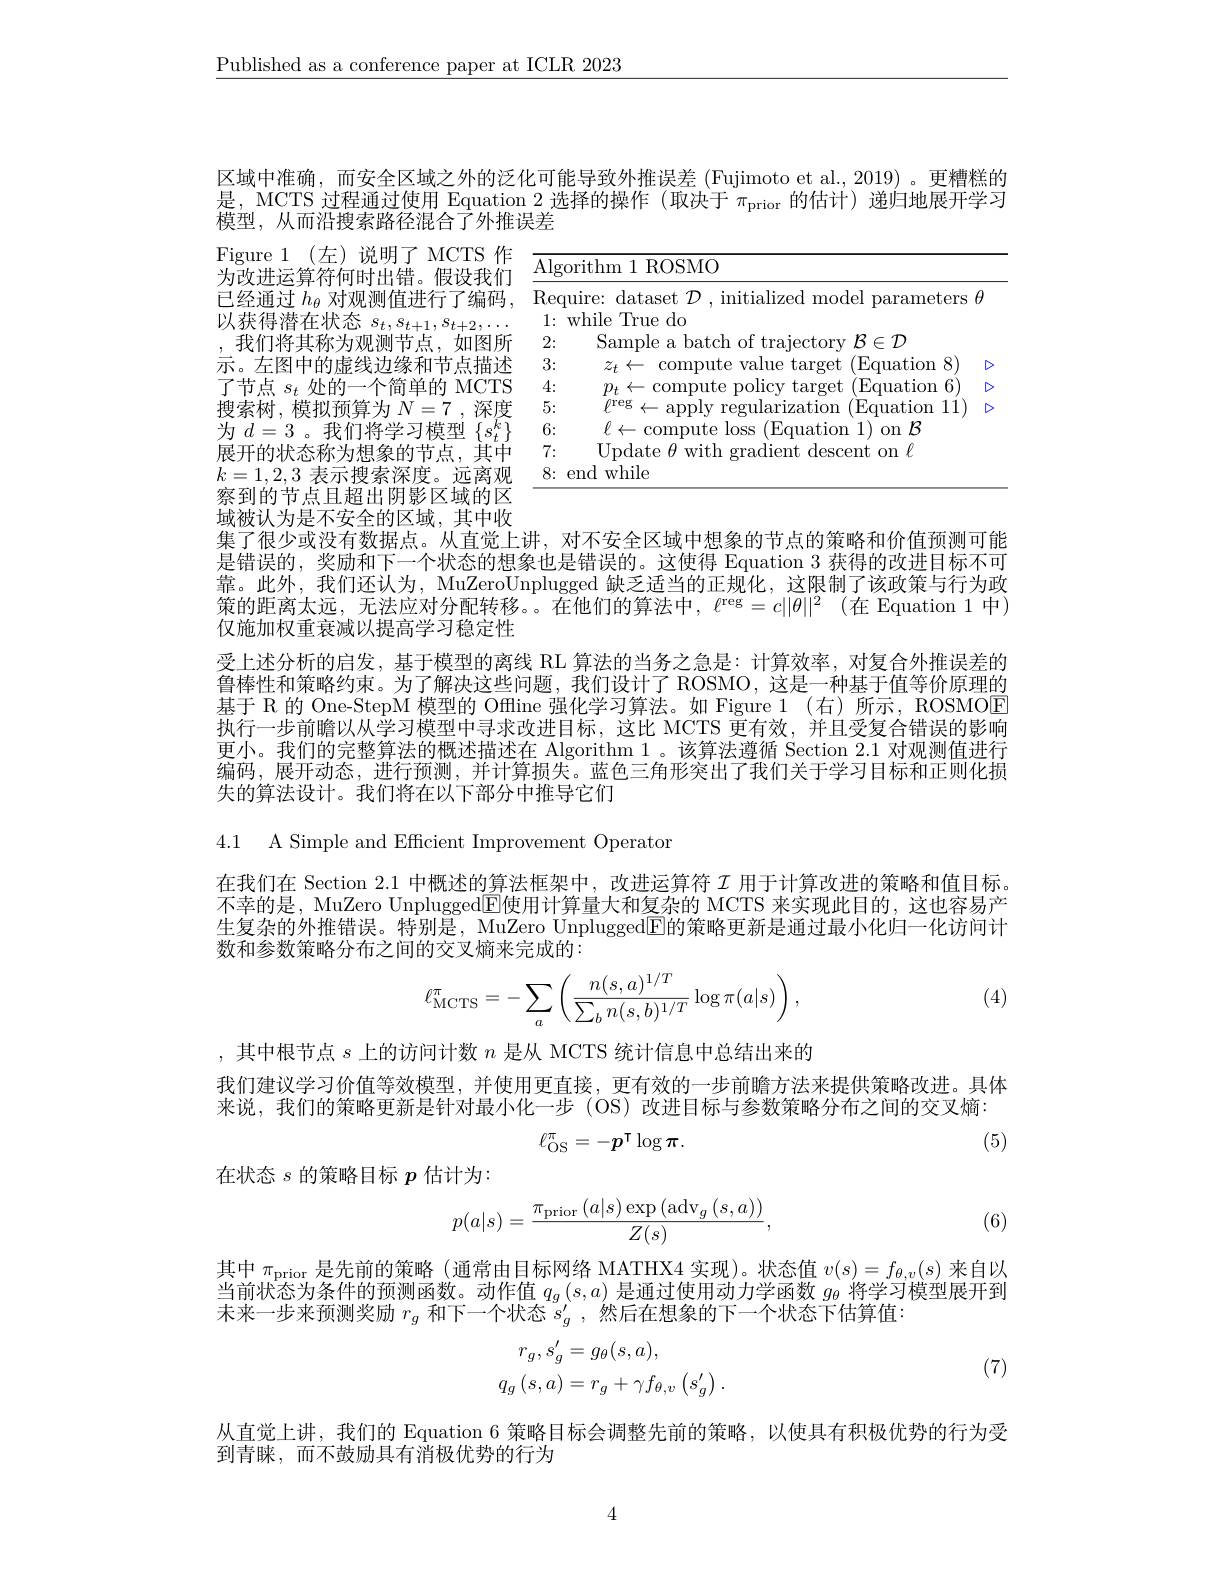
$\underline{\text{Published as a conference paper at ICLR 2023}}$

区域中准确，而安全区域之外的泛化可能导致外推误差 (Fujimoto et al.,2019) 。更糟糕的是，MCTS 过程通过使用 Equation 2选择的操作 (取决于$\pi_\mathrm{prior}$的估计)递归地展开学习模型，从而沿搜索路径混合了外推误差

<table>
	<tbody>
		<tr>
			<td>$\overline{\mathrm{Algo}}$</td>
			<td>rithm 1 ROSMO</td>
		</tr>
		<tr>
			<td>Requ 1</td>
			<td>uire: dataset $\mathcal{D}$, initialized model parameters $\theta$</td>
		</tr>
		<tr>
			<td>41 2:</td>
			<td>Sample a batch of traiectorv $\mathcal{B}\in\mathcal{D}$</td>
		</tr>
		<tr>
			<td>3:</td>
			<td>Fanation $\aleph$ 7.</td>
		</tr>
		<tr>
			<td>4:</td>
			<td>Fauation 1 6 $TD_{1}$ $\gamma\rho f$</td>
		</tr>
		<tr>
			<td>5:</td>
			<td>$\operatorname{rularization}$ (Equation 11</td>
		</tr>
		<tr>
			<td>6:</td>
			<td>$ll$ $;\log_{\mathrm{SS}}$ $(\mathrm{F}_{\mathrm{GI}}$ 11 on $\mathcal{R}$ 11170 amm</td>
		</tr>
		<tr>
			<td>7:</td>
			<td>Undate die lescent on $f$ H</td>
		</tr>
		<tr>
			<td>8: e</td>
			<td>$\textbf{l while}$ </td>
		</tr>
	</tbody>
</table>

Figure 1(左)说明了MCTS 作为改进运算符何时出错。假设我们已经通过$h_\theta$对观测值进行了编码，F
以获得潜在状态$s_t,s_{t+1},s_{t+2},\ldots$ ,我们将其称为观测节点，如图所示。左图中的虚线边缘和节点描述了节点$s_t$处的一个简单的 MCTS 搜索树，模拟预算为$N=7$ ,深度为$d=3$ 。我们将学习模型$\{s_t^k\}$ 展开的状态称为想象的节点，其中$k=1,2,3$表示搜索深度。远离观察到的节点且超出阴影区域的区域被认为是不安全的区域，其中收

集了很少或没有数据点。从直觉上讲，对不安全区域中想象的节点的策略和价值预测可能是错误的，奖励和下一个状态的想象也是错误的。这使得 Equation 3 获得的改进目标不可靠。此外，我们还认为，MuZeroUnplugged 缺乏适当的正规化，这限制了该政策与行为政策的距离太远，无法应对分配转移。。在他们的算法中，$\ell^\mathrm{reg}=c||\theta||^2$(在 Equation 1 中) 仅施加权重衰减以提高学习稳定性
受上述分析的启发，基于模型的离线 RL 算法的当务之急是：计算效率，对复合外推误差的鲁棒性和策略约束。为了解决这些问题，我们设计了 ROSMO, 这是一种基于值等价原理的基于 R 的 One-StepM 模型的 Offline 强化学习算法。如 Figure 1 (右)所示，ROSMOE 执行一步前瞻以从学习模型中寻求改进目标，这比 MCTS 更有效，并且受复合错误的影响更小。我们的完整算法的概述描述在 Algorithm 1 。该算法遵循 Section 2.1 对观测值进行编码，展开动态，进行预测，并计算损失。蓝色三角形突出了我们关于学习目标和正则化损失的算法设计。我们将在以下部分中推导它们

4.1 A Simple and Efficient Improvement Operaton

在我们在 Section 2.1 中概述的算法框架中，改进运算符$\mathcal{I}$用于计算改进的策略和值目标。不幸的是，MuZero Unplugged$\overline{\mathrm{E}}$使用计算量大和复杂的 MCTS 来实现此目的，这也容易产生复杂的外推错误。特别是，MuZero Unplugged$\overline{\mathbb{E}}$的策略更新是通过最小化归一化访问计数和参数策略分布之间的交叉熵来完成的：

(4)
$$\ell_{\text{MCTS}}^{\pi}=-\sum_{a}\left(\frac{n(s,a)^{1/T}}{\sum_{b}n(s,b)^{1/T}}\log\pi(a|s)\right),$$
,其中根节点$s$上的访问计数$n$是从 MCTS 统计信息中总结出来的
我们建议学习价值等效模型，并使用更直接，更有效的一步前瞻方法来提供策略改进。具体来说，我们的策略更新是针对最小化一步 (OS)改进目标与参数策略分布之间的交叉熵：
$$\ell_{\mathrm{OS}}^{\pi}=-p^{\intercal}\log\pi.$$
(5)

在状态$s$的策略目标$p$估计为：
$$p(a|s)=\frac{\pi_{\mathrm{prior}}\left(a|s\right)\exp\left(\mathrm{adv}_{g}\left(s,a\right)\right)}{Z(s)},$$
(6)

其中$\pi_\mathrm{prior}$是先前的策略 (通常由目标网络 MATHX4 实现)。状态值$v(s)=f_\theta,v(s)$来自以当前状态为条件的预测函数。动作值$q_g\left(s,a\right)$是通过使用动力学函数$g_\theta$将学习模型展开到土本上中在四世界由一个时一个时一个时后在一个人口在一个个在未来一步来预测奖励$r_g$和下一个状态$s_g^\prime$ ,然后在想象的下一个状态下估算值：

(7)
$$\begin{aligned}r_g,s_g'&=g_\theta(s,a),\\q_g\left(s,a\right)&=r_g+\gamma f_{\theta,v}\left(s_g'\right).\end{aligned}$$
从直觉上讲，我们的 Equation 6 策略目标会调整先前的策略，以使具有积极优势的行为受
到青睐，而不鼓励具有消极优势的行为

4